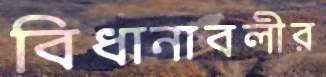
বিধানাবলীর